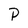
Character: P